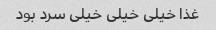
غذا خیلی خیلی خیلی سرد بود